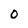
Character: O